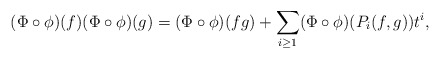
\begin{align*}(\Phi\circ\phi)(f)(\Phi\circ\phi)(g) = (\Phi\circ\phi)(fg) + \sum_{i\geq 1}(\Phi\circ\phi)(P_i(f,g))t^i,\end{align*}